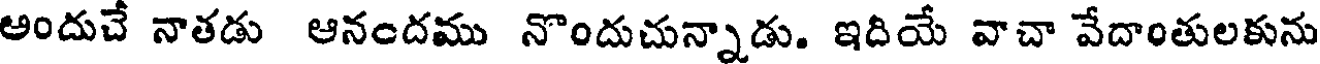
అందుచే నాతడు ఆనందము నొందుచున్నాడు. ఇదియే వాచా వేదాంతులకును